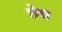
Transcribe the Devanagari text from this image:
छेन्न